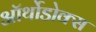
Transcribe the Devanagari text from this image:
ऑर्थोडोक्स